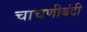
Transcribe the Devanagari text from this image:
चाचणीबंदी